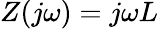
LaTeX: Z(j\omega)=j\omega L\,